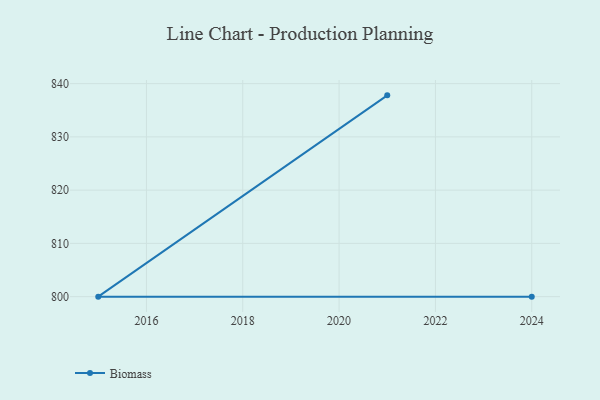
{"axis": {"x": "Year", "y": "Energy Usage (MWh)"}, "legend": ["Biomass"], "data": [{"x": "2021", "y": 837.8, "type": "Biomass"}, {"x": "2015", "y": 800, "type": "Biomass"}, {"x": "2024", "y": 800, "type": "Biomass"}]}